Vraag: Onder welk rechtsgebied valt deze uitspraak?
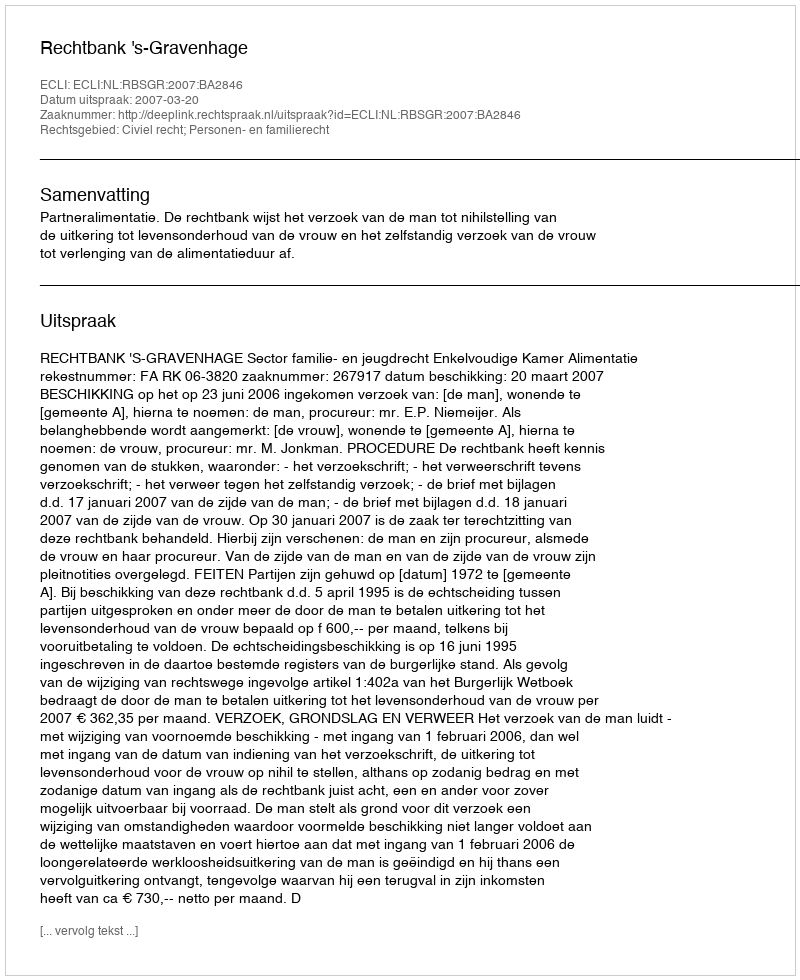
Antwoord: Civiel recht; Personen- en familierecht